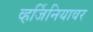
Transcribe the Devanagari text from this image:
व्हर्जिनियावर